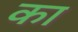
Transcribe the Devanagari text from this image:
का